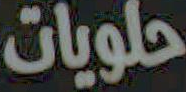
حلويات